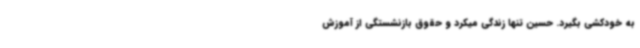
به خودکشی بگیرد. حسین تنها زندگی میکرد و حقوق بازنشستگی‌ از آموزش